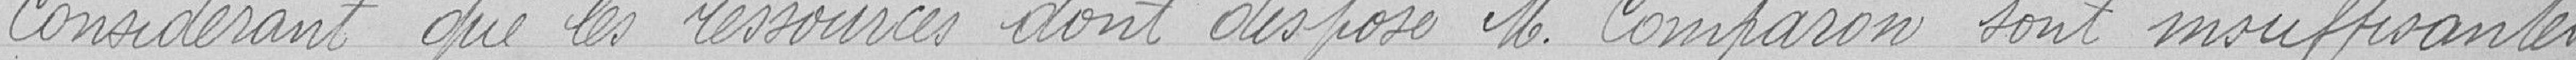
Considérant que les ressources dont dispose M. Comparon sont insuffisantes